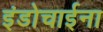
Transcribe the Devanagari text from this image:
इंडोचाईना